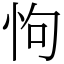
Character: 怐